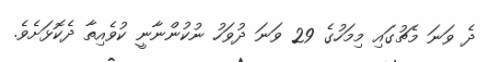
ދެ ވަނަ މެޗުގައި މިމަހުގެ 29 ވަނަ ދުވަހު ނުކުންނާނީ ކުވެއިތާ ދެކޮޅަށެވެ.